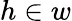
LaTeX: h\in w